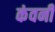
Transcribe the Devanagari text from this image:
कंवनी